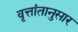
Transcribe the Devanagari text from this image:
वृत्तांतानुसार